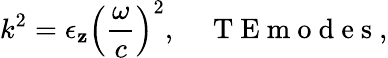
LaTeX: k^{2}=\epsilon_{\mathbf{z}}\left(\frac{{\omega}}{{c}}\right)^{2},\quad\mathrm{{~T~E~m~o~d~e~s~}},